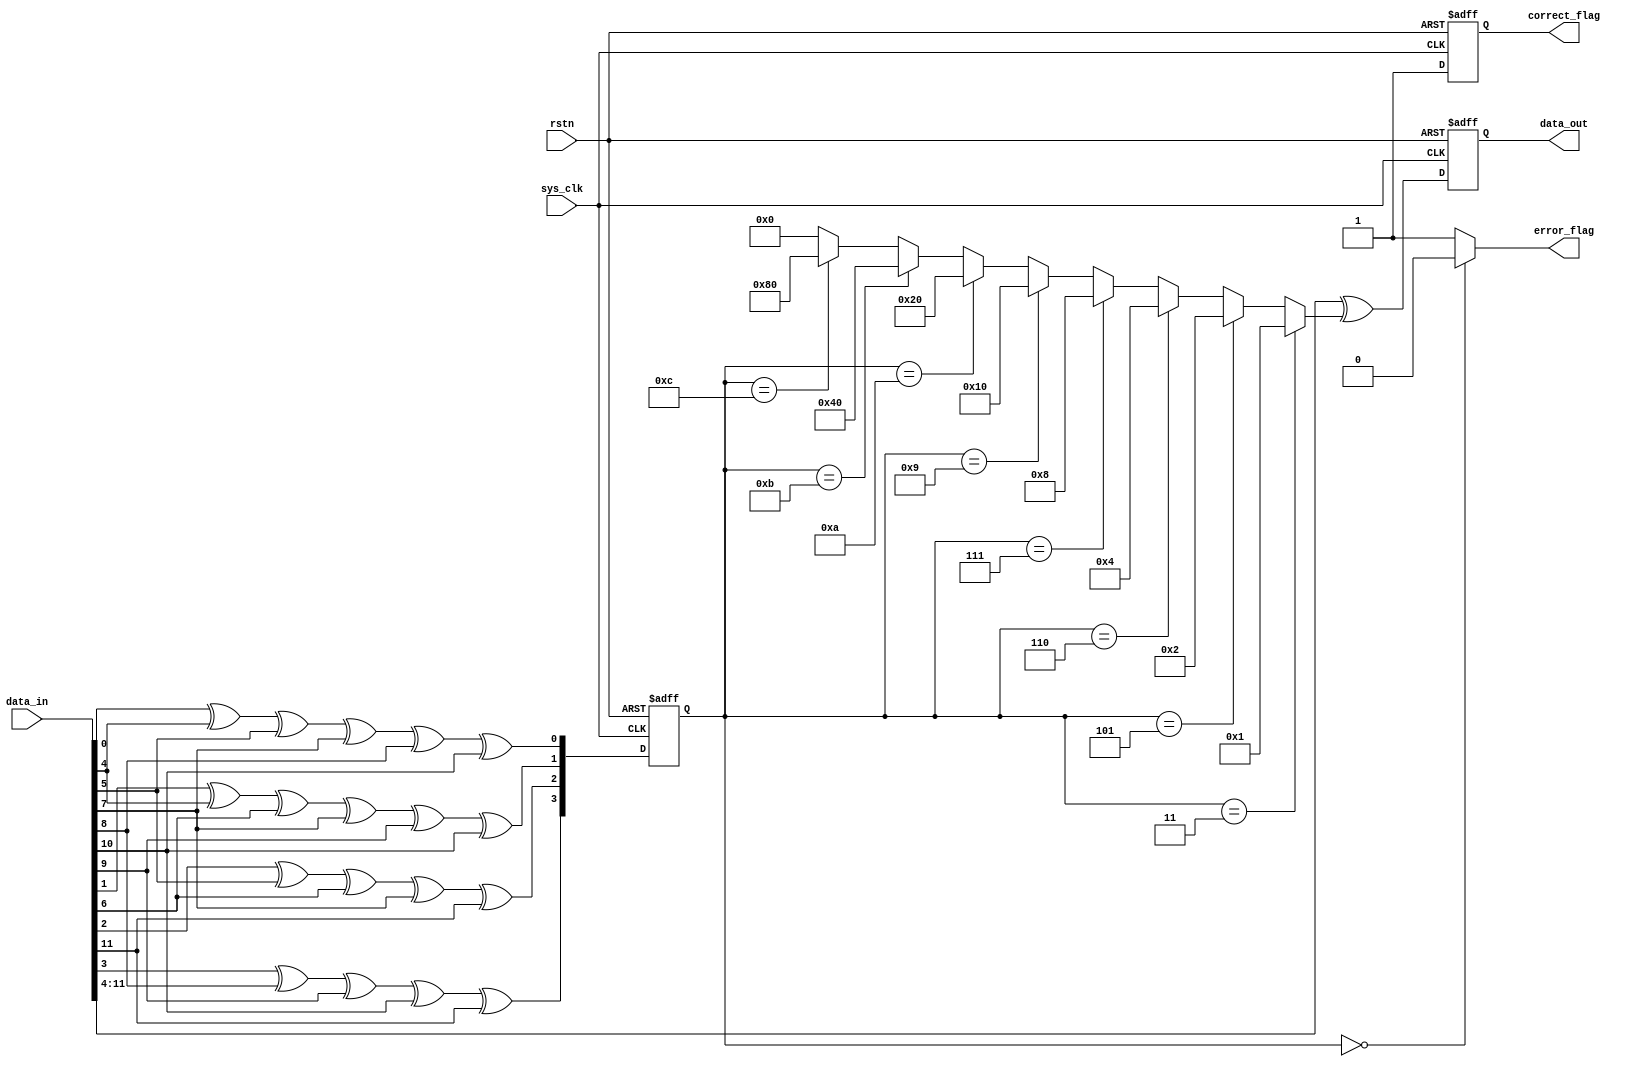
`timescale 1ns/1ns

/************************************************
*												*
*	Module IO Definition-hamming (12,8)			*
*												*
************************************************/
module hamming_decoder_8bit (
	output reg [7:0] data_out,
	output error_flag, // 1-> 1 bit error
	output reg correct_flag, // 1-> correction done
	input [11:0] data_in,
	input sys_clk,
	input rstn
);

/************************************************
*												*
*				Wire Definition					*
*												*
************************************************/
	reg [3:0] error_detection;
	wire [7:0] mask_byte;

/************************************************
*												*
*	detect the error bit at	posedge sys_clk		*
*												*
************************************************/
	always @(posedge sys_clk, negedge rstn)
	begin
		if(rstn == 1'b0) 
			error_detection[3:0] <= 4'd0;
		else begin
			// error_detection[0] <= data_in[0] ^ data_in[0+4] ^ data_in[1+4] ^ data_in[3+4] ^ data_in[4+4] ^ data_in[6+4]; 
			// error_detection[1] <= data_in[1] ^ data_in[0+4] ^ data_in[2+4] ^ data_in[3+4] ^ data_in[5+4] ^ data_in[6+4]; 
			// error_detection[2] <= data_in[2] ^ data_in[1+4] ^ data_in[2+4] ^ data_in[3+4];
			// error_detection[3] <= data_in[3] ^ data_in[4+4] ^ data_in[5+4] ^ data_in[6+4]; 
			error_detection[0] <= data_in[0] ^ data_in[4] ^ data_in[5] ^ data_in[7] ^ data_in[8] ^ data_in[10]; 
			error_detection[1] <= data_in[1] ^ data_in[4] ^ data_in[6] ^ data_in[7] ^ data_in[9] ^ data_in[10]; 
			error_detection[2] <= data_in[2] ^ data_in[5] ^ data_in[6] ^ data_in[7] ^ data_in[11];
			error_detection[3] <= data_in[3] ^ data_in[8] ^ data_in[9] ^ data_in[10] ^ data_in[11]; 
		end			
	end

/************************************************
*												*
*	Correct the error bit at negedge sys_clk	*
*												*
************************************************/
	always @(negedge sys_clk, negedge rstn)
	begin
		if(rstn == 1'b0) begin 
			data_out[7:0] <= {8{1'bz}};
			correct_flag <= 1'b0;
		end
		else begin
			data_out[7:0] <= data_in[11:4] ^ mask_byte[7:0];
			correct_flag <= 1'b1;
		end
	end
	//comform the error bit
	assign mask_byte[7:0] =	(error_detection == 'd3 ) ? 'd1   : 
					       	(error_detection == 'd5 ) ? 'd2   :
					       	(error_detection == 'd6 ) ? 'd4   :
					       	(error_detection == 'd7 ) ? 'd8   :
					       	(error_detection == 'd9 ) ? 'd16  :
					       	(error_detection == 'd10) ? 'd32  :
					       	(error_detection == 'd11) ? 'd64  :
					       	(error_detection == 'd12) ? 'd128 : 0;

	assign error_flag = (error_detection[3:0] == 'd0) ? 1'b0 : 1'b1;
endmodule